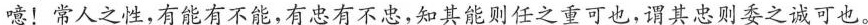
噫！常人之性，有能有不能，有忠有不忠，知其能则任之重可也，谓其忠则委之诚可也。